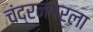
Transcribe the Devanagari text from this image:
चंद्रनगरला